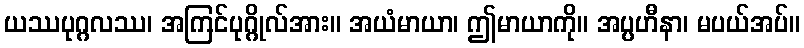
ယဿပုဂ္ဂလဿ၊ အကြင်ပုဂ္ဂိုလ်အား။ အယံမာယာ၊ ဤမာယာကို။ အပ္ပဟီနာ၊ မပယ်အပ်။